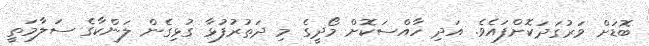
ބޮޑަށް ވަރުގަދަކޮށްފައެވެ. އަދި ހާއްސަކޮށް މޯދީގެ މި ދަތުރުފުޅާ ގުޅިގެން ލަންކާގެ ސަލާމަތީ